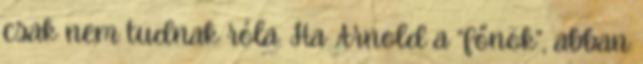
csak nem tudnak róla. Ha Arnold a “főnök”, abban